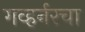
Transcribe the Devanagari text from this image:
गव्हर्नरचा